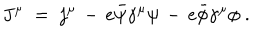
LaTeX: J ^ { \mu } \; = \; j ^ { \mu } \, - \, e { \bar { \psi } } \gamma ^ { \mu } \psi \, - \, e { \bar { \phi } } \gamma ^ { \mu } \phi \; .